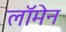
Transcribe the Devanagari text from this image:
लॉमेन